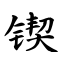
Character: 锲